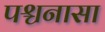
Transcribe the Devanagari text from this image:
पश्चनासा